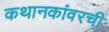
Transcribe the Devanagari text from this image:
कथानकांवरची